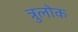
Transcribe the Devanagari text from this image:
त्रुलोक